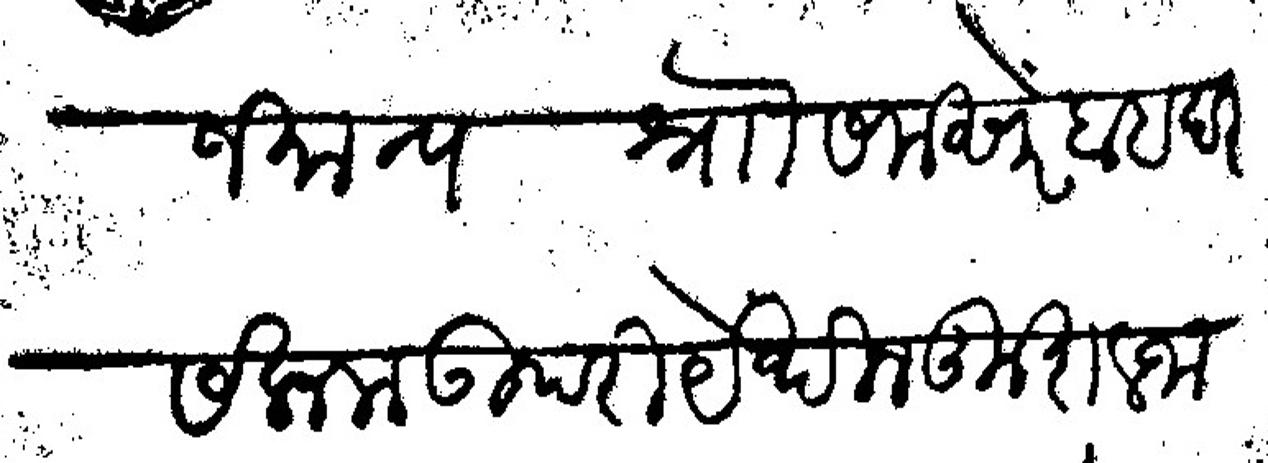
Transliteration (Devanagari): अखंडित लक्ष्मी आलंकृत राजमान्य श्रो समसेर बाहदर सलाम उपरी येथील कुशल जाणून